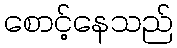
စောင့်နေသည်